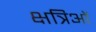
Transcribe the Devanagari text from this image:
क्षत्रिओं